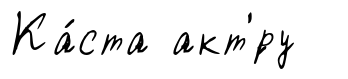
Ка́ста акт'́ру